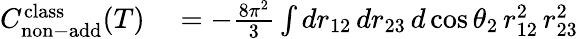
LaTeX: \begin{array}{rl}{C_{\mathrm{non-add}}^{\mathrm{class}}(T)}&{{}=-\frac{8\pi^{2}}{3}\int dr_{12}\, dr_{23}\, d\cos{\theta_{2}}\, r_{12}^{2}\, r_{23}^{2}}\end{array}